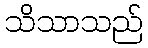
သိသာသည်